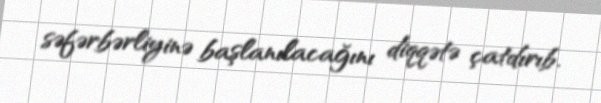
səfərbərliyinə başlanılacağını diqqətə çatdırıb.